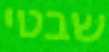
שבטי